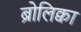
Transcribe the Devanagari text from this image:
ब्रोलिक्वा